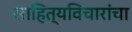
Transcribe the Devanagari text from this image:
साहित्यविचारांचा